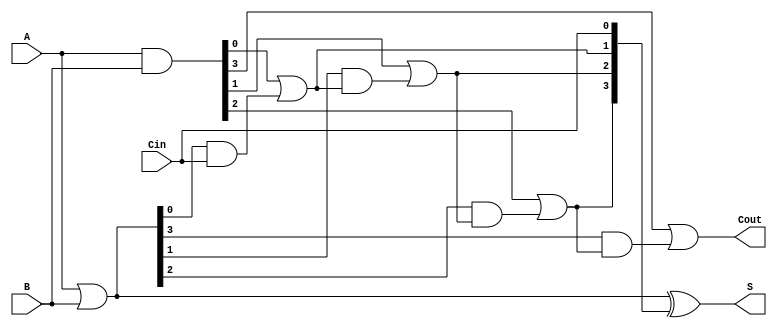
module VariableLatencyCLA #(
    parameter n = 4  // Width of the inputs
) (
    input [n-1:0] A,      // First input
    input [n-1:0] B,      // Second input
    input Cin,            // Carry-in
    output [n-1:0] S,     // Sum output
    output Cout           // Carry-out
);

    wire [n-1:0] G;      // Generate signals
    wire [n-1:0] P;      // Propagate signals
    wire [n:0] C;        // Carry signals
    
    // Generate and propagate signals
    assign G = A & B;    // Generate
    assign P = A | B;    // Propagate
    
    // Carry generation
    assign C[0] = Cin;   // Initial carry in
    genvar i;
    generate
        for (i = 0; i < n; i = i + 1) begin : carry_generation
            if (i == 0) begin
                assign C[i + 1] = G[i] | (P[i] & C[i]); // Carry for bit 0
            end else begin
                assign C[i + 1] = G[i] | (P[i] & C[i]); // Carry for bit i
            end
        end
    endgenerate

    // Sum calculation
    assign S = P ^ C[n-1:0]; // Sum calculation using propagate and carry

    // Carry-out
    assign Cout = C[n]; // Final carry-out

endmodule